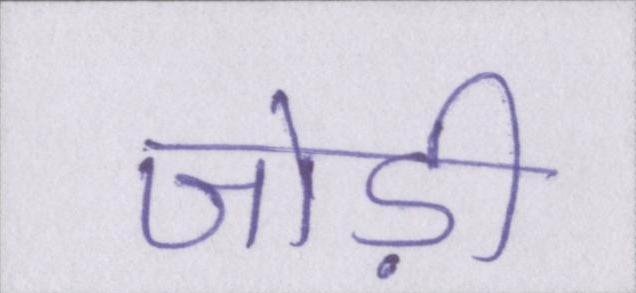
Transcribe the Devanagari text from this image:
जोड़ी